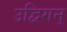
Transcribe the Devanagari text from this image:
उद्विगन्